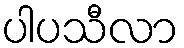
ပါပသီလာ